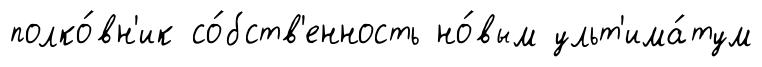
полко́вн'ик со́бств'енность но́вым ульт'има́тум